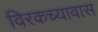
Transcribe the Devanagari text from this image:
विरकच्यावास